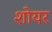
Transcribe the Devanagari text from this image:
शोयर